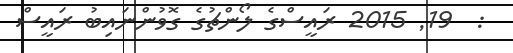
:  19